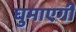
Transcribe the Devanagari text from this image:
घुमाएगी